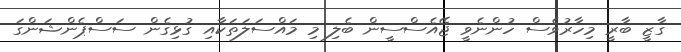
ގާޒީ ބާރީ މިހާރުވެސް ހުންނެވީ ޖޭއެސްސީން ބެލި މި މައްސަލަތަކާއި ގުޅިގެން ސަސްޕެންޝަންގަ